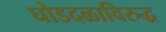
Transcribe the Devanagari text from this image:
घोडदळाविरुद्ध